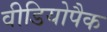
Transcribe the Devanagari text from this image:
वीडियोपैक